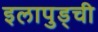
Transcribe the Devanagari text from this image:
इलापुड्ची